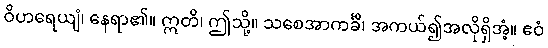
ဝိဟရေယျံ၊ နေရာ၏။ ဣတိ၊ ဤသို့။ သစေအာကင်္ခိ၊ အကယ်၍အလိုရှိအံ့။ ဧဝံ